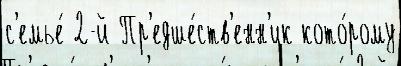
с'емье́ 2-й Пр'едше́ств'енн'ик кото́рому